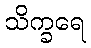
သိက္ခရေ